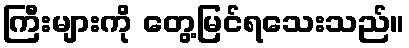
ကြီးများကို တွေ့မြင်ရသေးသည်။